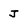
Character: J